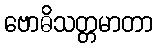
ဗောဓိသတ္တမာတာ